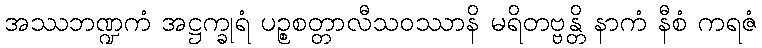
အဿဘဏ္ဍကံ အဋ္ဌက္ခုရံ ပဉ္စစတ္တာလီသဝဿာနိ မရိတဗ္ဗန္တိ နာကံ နီစံ ကရဇံ